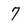
Character: 7